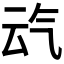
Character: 𪵣